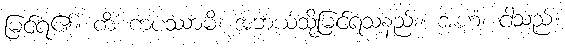
မြင်ရ၏။ ကိံ ကပဿာမိ၊ အဘယ်သို့မြင်ရသနည်း။ အဟံ၊ ငါသည်။